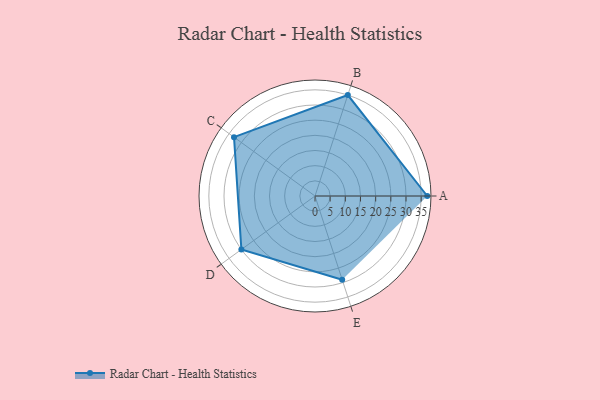
{"axis": {"x": "Skill", "y": "Score"}, "legend": ["Profile"], "data": [{"x": "A", "y": 37.0, "type": "Profile"}, {"x": "B", "y": 35.0, "type": "Profile"}, {"x": "C", "y": 33.0, "type": "Profile"}, {"x": "D", "y": 30.0, "type": "Profile"}, {"x": "E", "y": 29.0, "type": "Profile"}]}